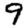
Digit: 9